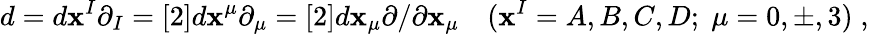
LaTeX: d=d\mathbf{x}^{I}\partial_{I}=[2]d\mathbf{x}^{\mu}\partial_{\mu}=[2]d\mathbf{x}_{\mu}\partial/\partial\mathbf{x}_{\mu}\quad(\mathbf{x}^{I}=A,B,C,D;\; \mu=0,\pm,3)\; ,